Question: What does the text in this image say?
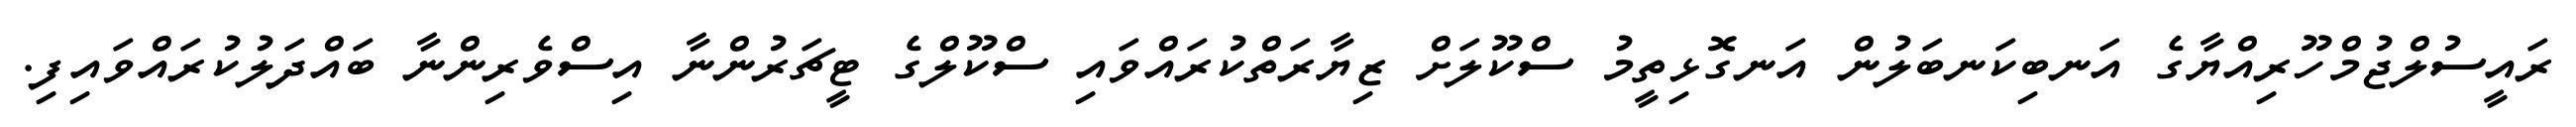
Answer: ރައީސުލްޖުމްހޫރިއްޔާގެ އަނބިކަނބަލުން އަނގޮޅިތީމު ސްކޫލަށް ޒިޔާރަތްކުރައްވައި ސްކޫލްގެ ޓީޗަރުންނާ އިސްވެރިންނާ ބައްދަލުކުރައްވައިފި.